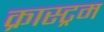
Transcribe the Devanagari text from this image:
क्रास्ट्रम